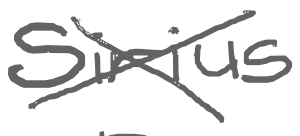
Text: Sirius
Cross-out: cross
Writing tool: digital_gray